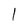
Character: 1